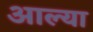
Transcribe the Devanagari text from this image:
अाल्या